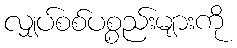
လျှပ်စစ်ပစ္စည်းများကို